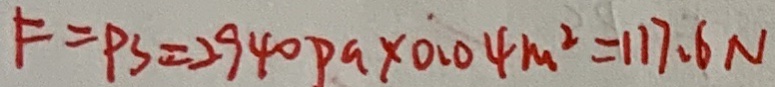
F = P S = 2 9 4 0 P a \times 0 . 0 4 m ^ { 2 } = 1 1 7 . 6 N